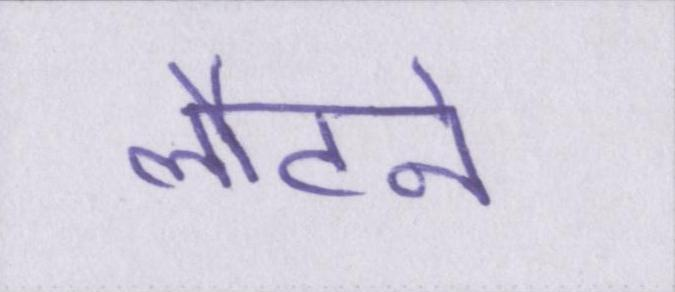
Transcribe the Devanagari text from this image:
लौटने